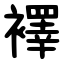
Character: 襗